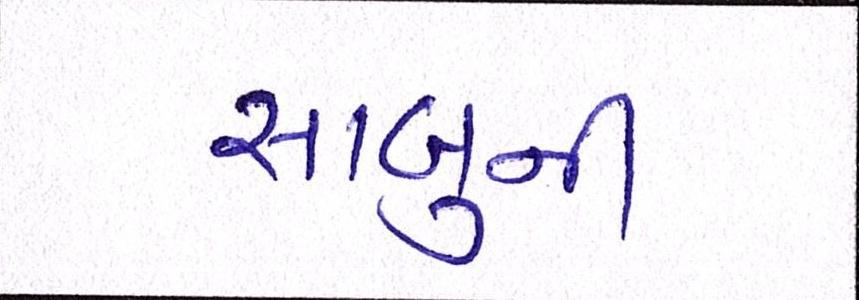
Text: સાબુની